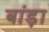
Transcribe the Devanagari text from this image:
बांड़ा